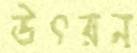
উৎরন